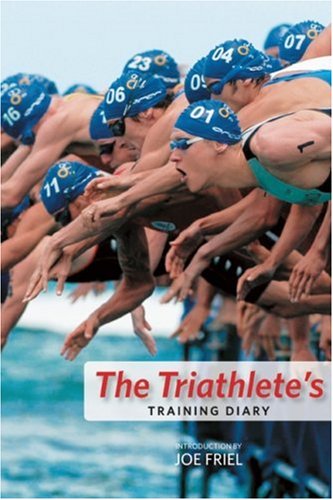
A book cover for The Triathlete's Training Diary; Health, Fitness & Dieting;